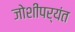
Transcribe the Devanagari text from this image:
जोशींपर्यंत